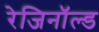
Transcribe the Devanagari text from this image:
रेजिनॉल्ड